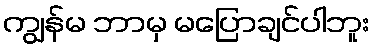
ကျွန်မ ဘာမှ မပြောချင်ပါဘူး